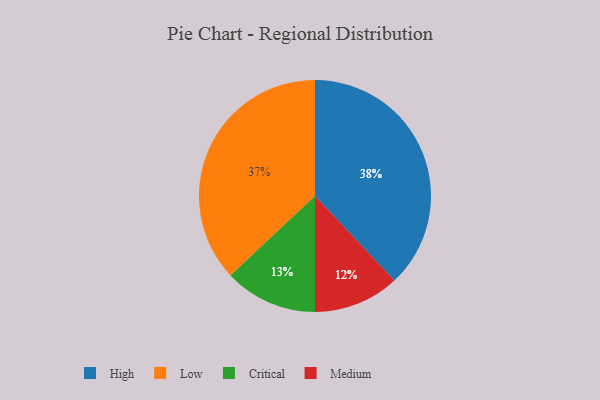
{"axis": {"x": "Category", "y": "Percentage"}, "legend": ["Critical", "High", "Low", "Medium"], "data": [{"x": "High", "y": 38, "type": "High"}, {"x": "Low", "y": 37, "type": "Low"}, {"x": "Medium", "y": 12, "type": "Medium"}, {"x": "Critical", "y": 13, "type": "Critical"}]}